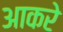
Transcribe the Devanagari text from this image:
आकरे